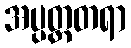
အပ္ပတ္ထတရာ